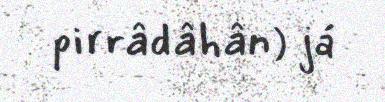
pirrâdâhân) já